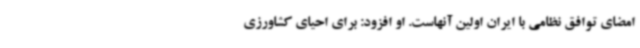
امضای توافق نظامی با ایران اولین آنهاست. او افزود: برای احیای کشاورزی